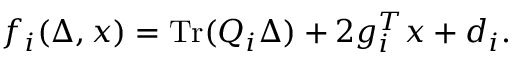
f _ { i } ( \Delta , x ) = \operatorname { T r } ( Q _ { i } \Delta ) + 2 g _ { i } ^ { T } x + d _ { i } .